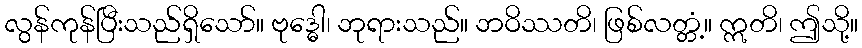
လွန်ကုန်ပြီးသည်ရှိသော်။ ဗုဒ္ဓေါ၊ ဘုရားသည်။ ဘဝိဿတိ၊ ဖြစ်လတ္တံ့။ ဣတိ၊ ဤသို့။